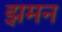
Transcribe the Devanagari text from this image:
झमन